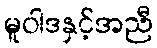
မူဝါဒနှင့်အညီ